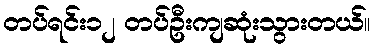
တပ်ရင်း၁၂ တပ်ဦးကျဆုံးသွားတယ်။